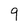
Character: 9